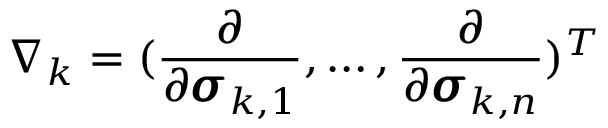
\nabla _ { k } = ( \frac \partial { \partial \pmb { \sigma } _ { k , 1 } } , \dots , \frac \partial { \partial \pmb { \sigma } _ { k , n } } ) ^ { T }